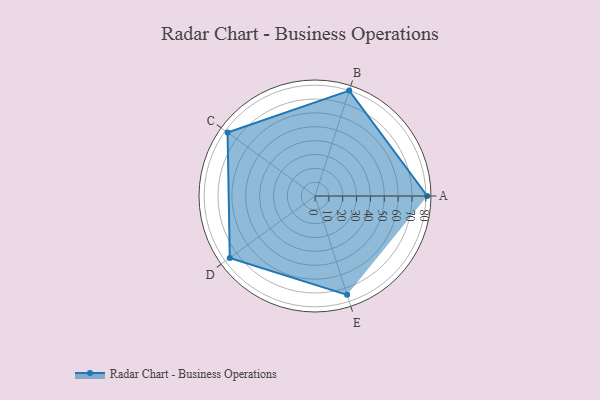
{"axis": {"x": "Skill", "y": "Score"}, "legend": ["Profile"], "data": [{"x": "A", "y": 81.0, "type": "Profile"}, {"x": "B", "y": 80.0, "type": "Profile"}, {"x": "C", "y": 78.0, "type": "Profile"}, {"x": "D", "y": 76.0, "type": "Profile"}, {"x": "E", "y": 75.0, "type": "Profile"}]}